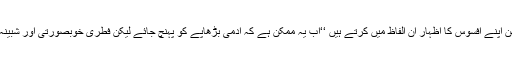
کینیڈا کے فلکیات کے محقق کار ٹیرنس ڈکنسن اپنے افسوس کا اظہار ان الفاظ میں کرتے ہیں ‘‘اب یہ ممکن ہے کہ آدمی بڑھاپے کو پہنچ جائے لیکن فطری خوبصورتی اور شبینہ آسمان کے جمالِ بے مثال سے واقف نہ ہو’’۔